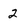
Character: 2